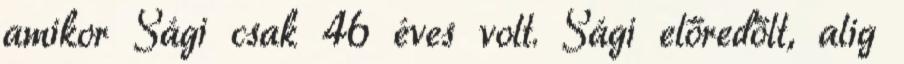
amikor Sági csak 46 éves volt. Sági előredőlt, alig